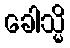
ခေါသ္မိ